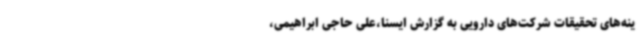
ینه‌های تحقیقات شرکت‌های دارویی به گزارش ایسنا،علی حاجی ابراهیمی،